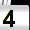
Digit: 4